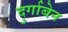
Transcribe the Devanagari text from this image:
दुर्गाबेन